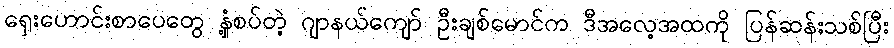
ရှေးဟောင်းစာပေတွေ နှံ့စပ်တဲ့ ဂျာနယ်ကျော် ဦးချစ်မောင်က ဒီအလေ့အထကို ပြန်ဆန်းသစ်ပြီး